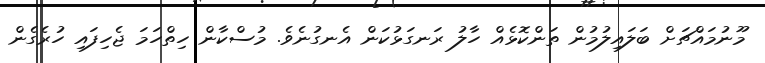
މޫނުމައްޗަށް ބަލައިލުމުން ތަންކޮޅެއް ހާލު ރަނގަޅުކަން އެނގުނެވެ. މުސްކާން ހިތްހަމަ ޖެހިފައި ހުރެގެން